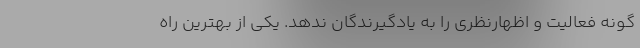
گونه فعالیت و اظهارنظری را به یادگیرندگان ندهد. یکی از بهترین راه